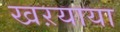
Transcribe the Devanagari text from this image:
खऱयाया